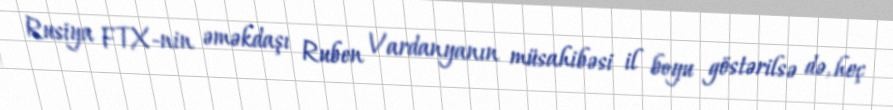
Rusiya FTX-nin əməkdaşı Ruben Vardanyanın müsahibəsi il boyu göstərilsə də, heç